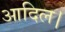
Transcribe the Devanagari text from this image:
आदिल।